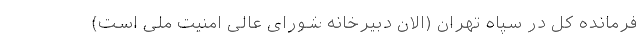
فرمانده کل در سپاه تهران (الان دبیرخانه شورای عالی امنیت ملی است)